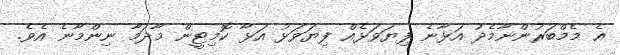
އެ މެމްބަރުންނާމެދު އަޅާނެ ފިޔަވަޅެއް ފިޔަވަޅު އަޅާ ކޮމިޓީން މާދަމާ ނިންމާނެ އެވެ.